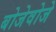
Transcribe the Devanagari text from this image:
बोजेवोजे